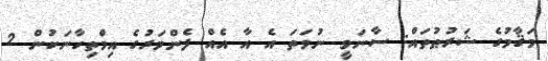
މަޤާމުގެ ޝަރުޠުތައް: ސާނަވީ ނުވަތަ އެ އާ އެއް ފެންވަރުގެ އިމްތިހާނަކުން 2